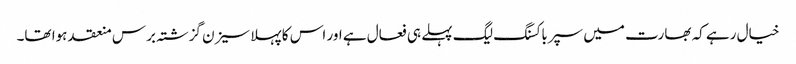
خیال رہے کہ بھارت میں سپرباکسنگ لیگ پہلے ہی فعال ہے اور اس کا پہلا سیزن گزشتہ برس منعقد ہوا تھا۔